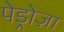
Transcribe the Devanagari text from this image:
पेड्रोज़ा